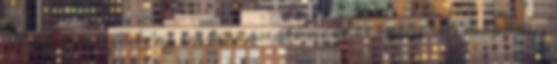
Remek kínzó és az emberi anatómiát is igencsak magasan